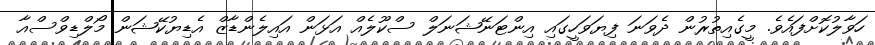
ހަވާލުކޮށްފައެވެ. މީގެއިތުރުން ދެވަނަ ފިޔަވަހީގައި އިންޓަނޭޝަނަލް ސްކޫލެއް އަޅަން އައިލެންޑާޒް އެޑިޔުކޭޝަން މޯލްޑިވްސްއާ